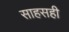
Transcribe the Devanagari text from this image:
साहसही